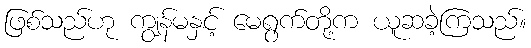
ဖြစ်သည်ဟု ကျွန်မနှင့် မေရွက်တို့က ယူဆခဲ့ကြသည်။